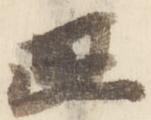
正